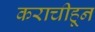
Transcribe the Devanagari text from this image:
कराचीहून